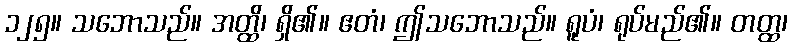
၁၂၅။ သဘောသည်။ အတ္ထိ၊ ရှိ၏။ ဧတံ၊ ဤသဘောသည်။ ရူပံ၊ ရုပ်မည်၏။ တတ္ထ၊